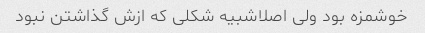
خوشمزه بود ولی اصلاشبیه شکلی که ازش گذاشتن نبود